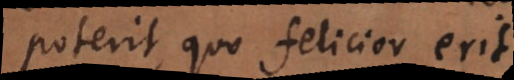
poterit quo felicior erit.